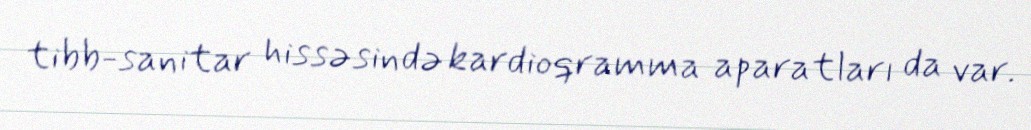
tibb-sanitar hissəsində kardioqramma aparatları da var.